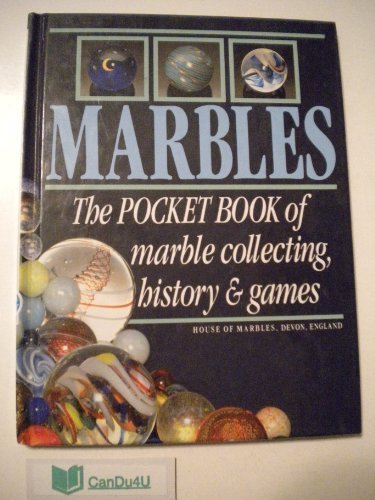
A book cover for Marbles: The Pocket Book of Marble Collecting, History and Games by Bavin, William (1991) Hardcover; William Bavin; Crafts, Hobbies & Home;